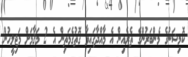
ކޮމިޝަނުގެ މެންބަރުންގެ ތެރެއިން އެ މާއްދާގައިވާ ގޮތުގެމަތިން އެ 2 މަޤާމަށް މަޖިލީހުން